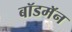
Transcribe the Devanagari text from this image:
बॉडमॅन